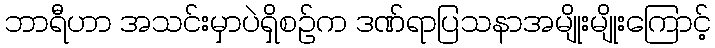
ဘာရီဟာ အသင်းမှာပဲရှိစဉ်က ဒဏ်ရာပြသနာအမျိုးမျိုးကြောင့်